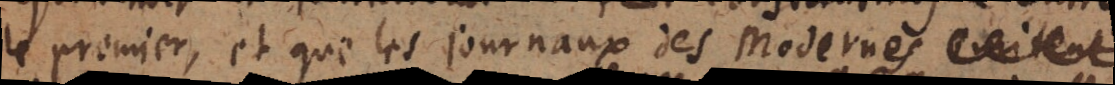
le premier, et que les journaux des Modernes